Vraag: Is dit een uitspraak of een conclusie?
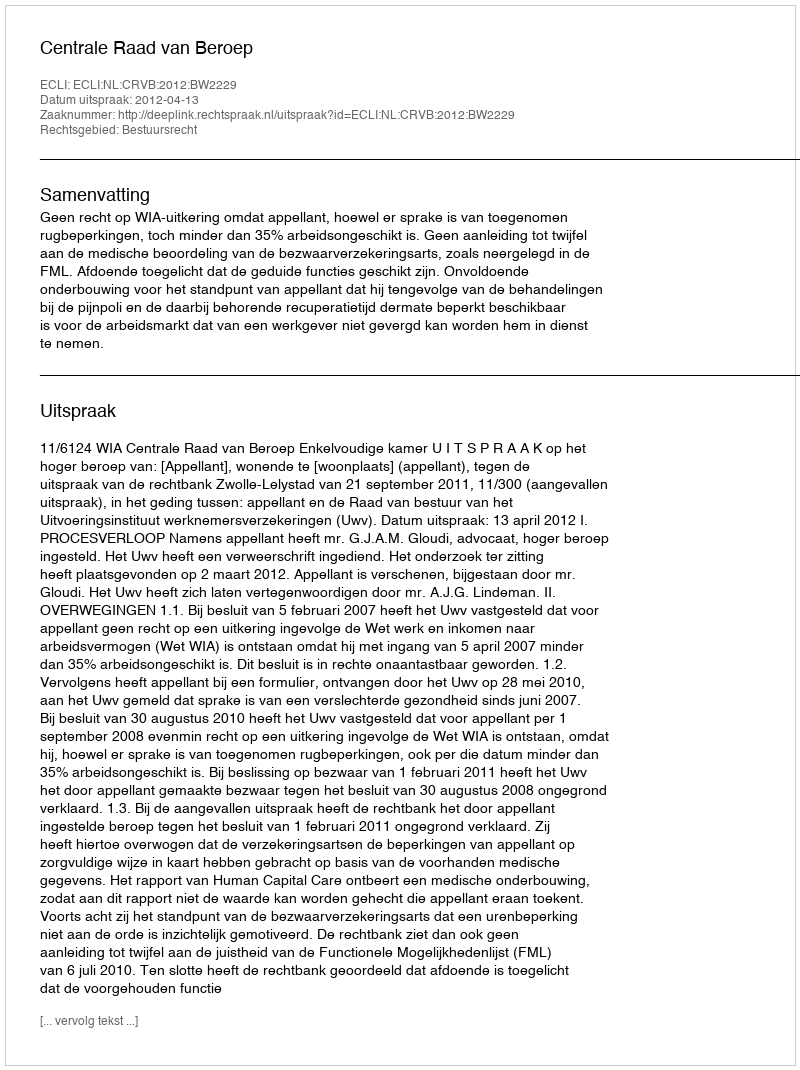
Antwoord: Uitspraak